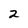
Character: 2